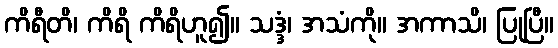
ကိရီတိ၊ ကိရိ ကိရိဟူ၍။ သဒ္ဒံ၊ အသံကို။ အကာသိ၊ ပြုပြီ။